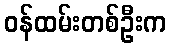
ဝန်ထမ်းတစ်ဦးက